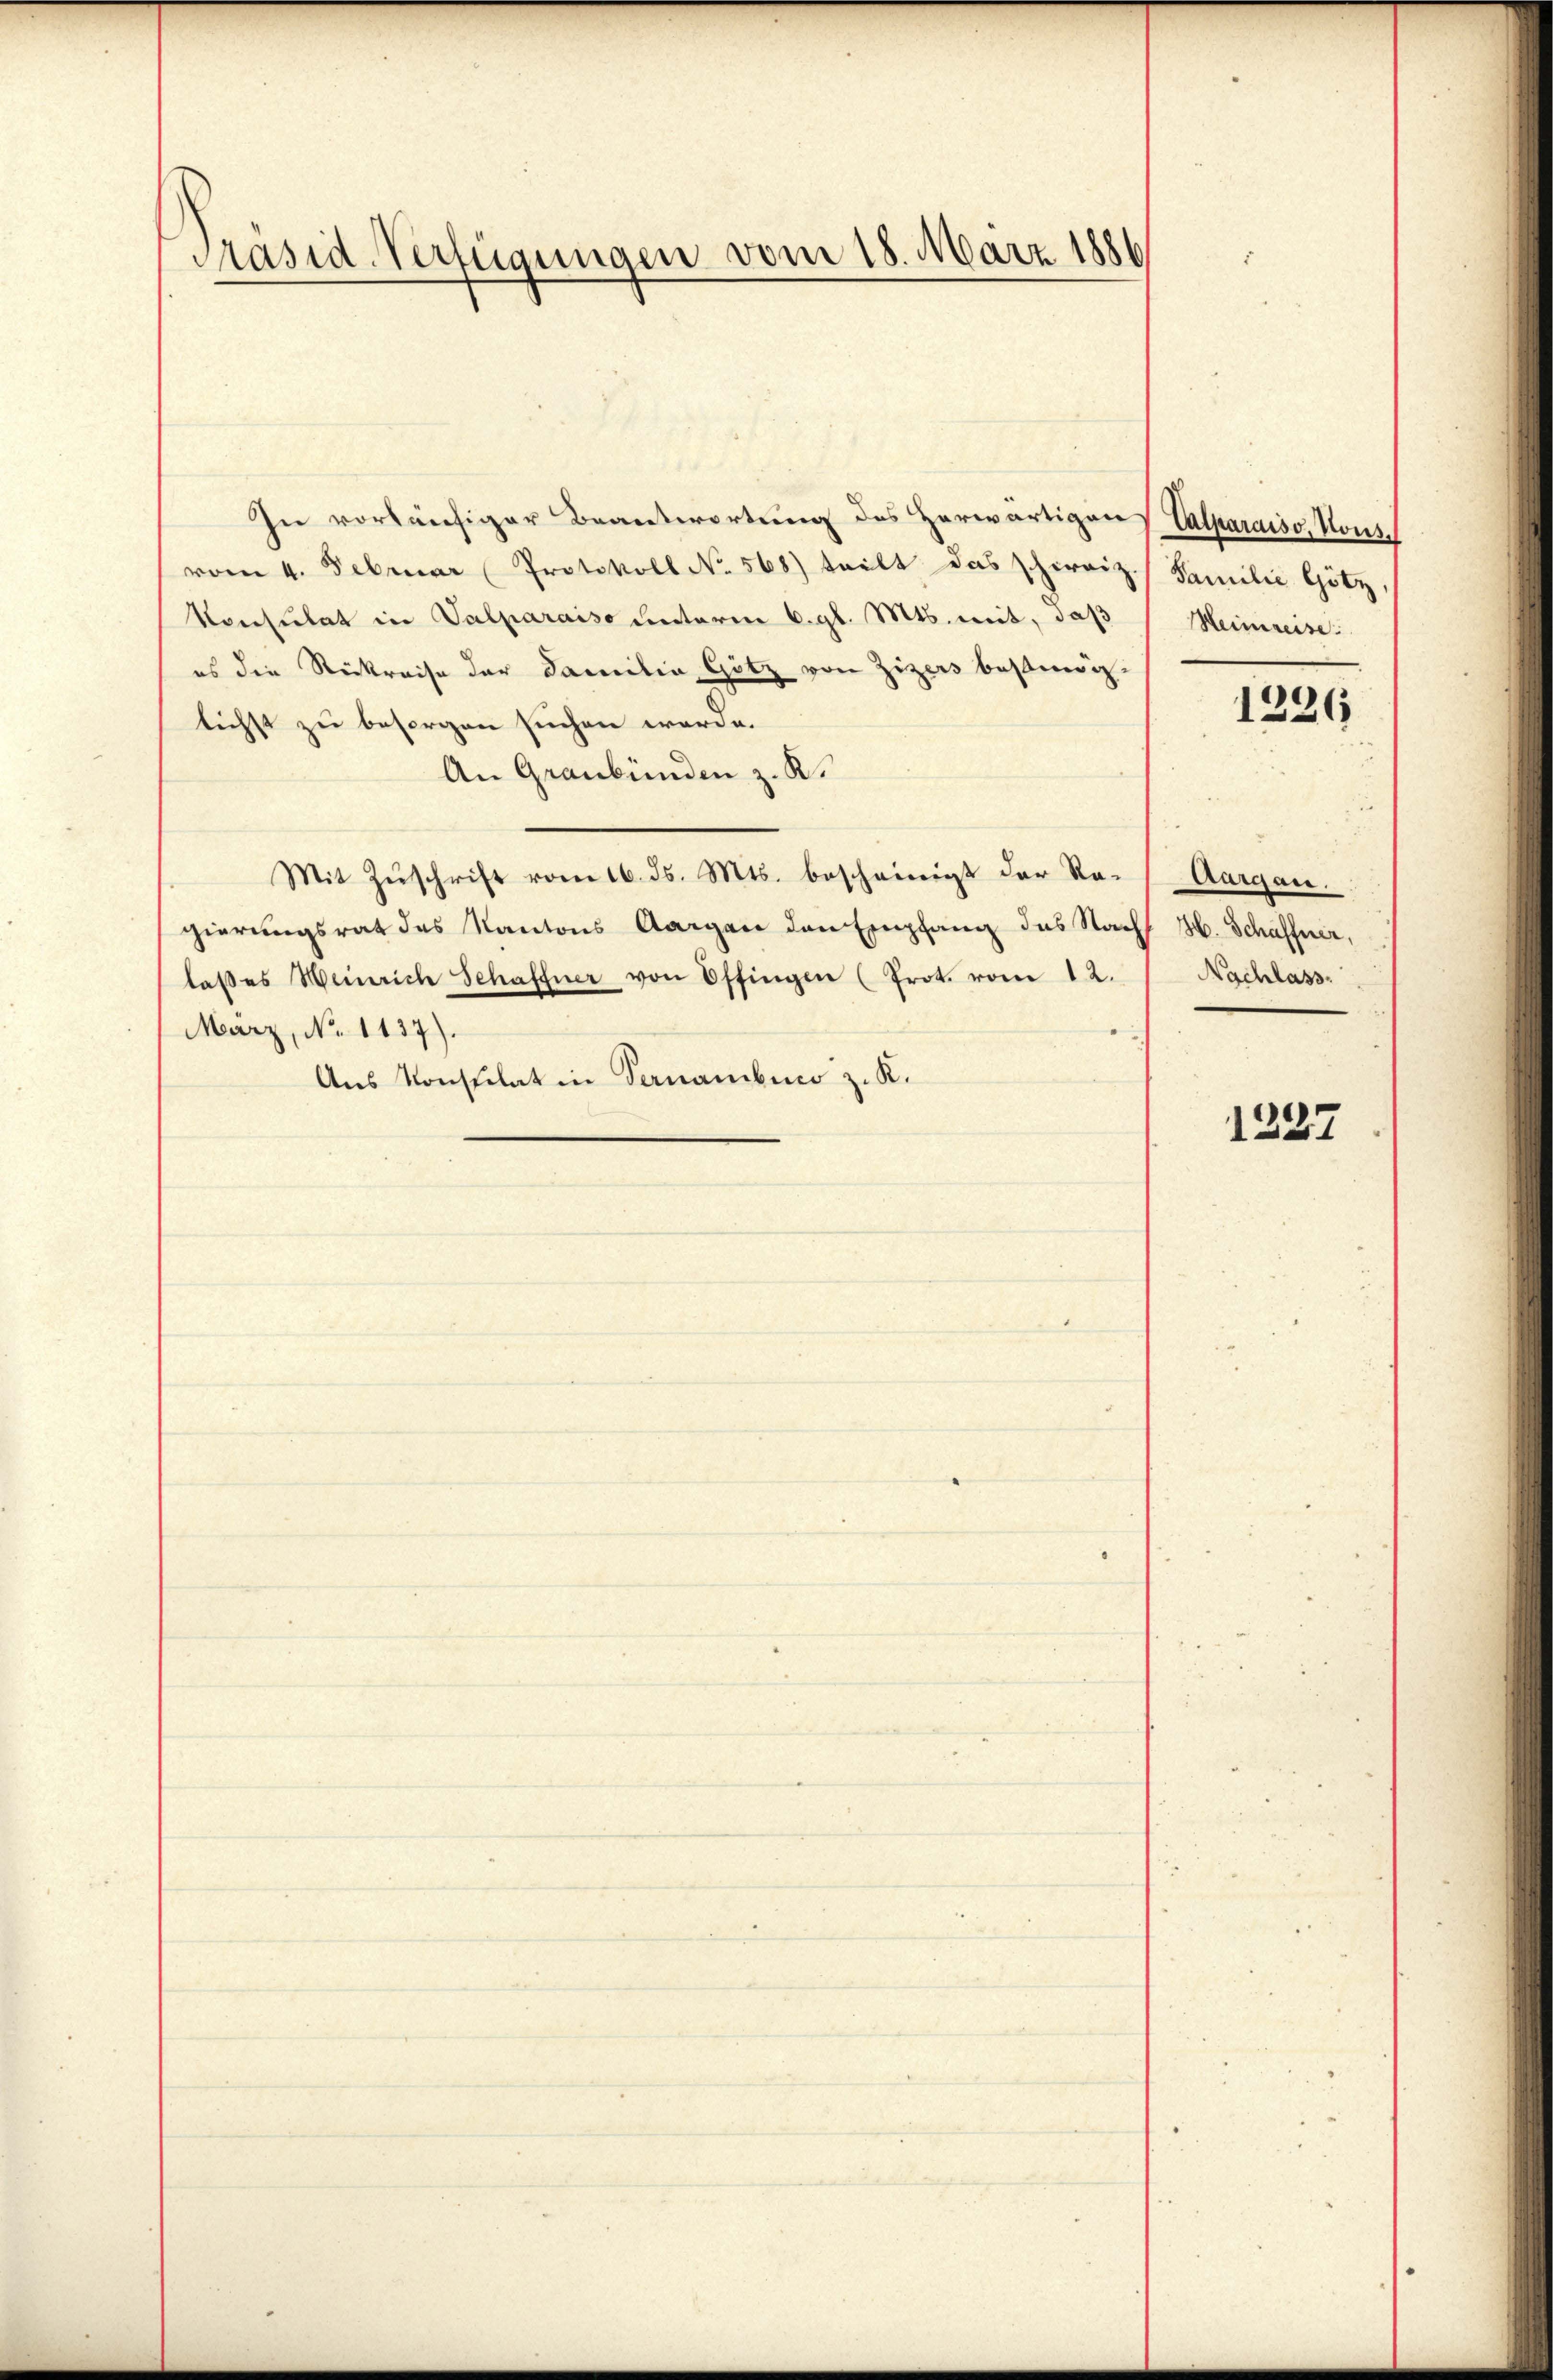
Präsid-Verfügungen vom 18. März 188

In vorläufiger Beantwortung des Herwärtigen Calparaiso, vonsvom 4. Februar (Protokoll No 568) teilt das schweiz. Familie Götz,
Konsulat in Valparaiso unterm 6. gl. Mts. mit, daß Heimreise
es die Stickreise der Familia Götz von Zizers bestimlichst zu besorgen suchen werde.
An Graubünden z. K.
Mit Zŭschrift vom 16. ds. Mts. bescheinigt der Re-Aargau.
gierungsrat des Kantons Aargau den Empfang des Nach H. Schaffner,
laβes Weinrich Schaffner von Offingen (Prot. vom 12. Nachlass
März, No. 1137).
Aus Konsulat in Vernamben z. K.

1226

1227